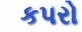
કપરો